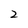
Character: 2